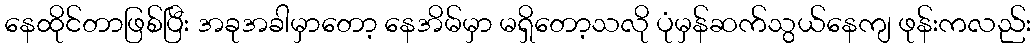
နေထိုင်တာဖြစ်ပြီး အခုအခါမှာတော့ နေအိမ်မှာ မရှိတော့သလို ပုံမှန်ဆက်သွယ်နေကျ ဖုန်းကလည်း